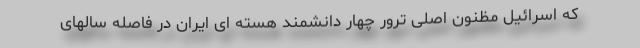
که اسرائیل مظنون اصلی ترور چهار دانشمند هسته ای ایران در فاصله سالهای